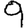
Digit: 9